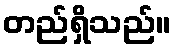
တည်ရှိသည်။